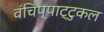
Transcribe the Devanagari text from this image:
वंचिप्पाट्टुकल